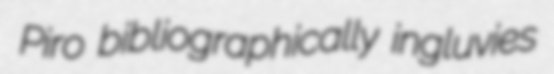
Piro bibliographically ingluvies